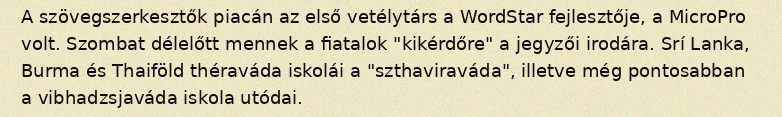
A szövegszerkesztők piacán az első vetélytárs a WordStar fejlesztője, a MicroPro volt. Szombat délelőtt mennek a fiatalok "kikérdőre" a jegyzői irodára. Srí Lanka, Burma és Thaiföld théraváda iskolái a "szthaviraváda", illetve még pontosabban a vibhadzsjaváda iskola utódai.